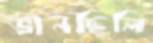
ভানছিলি